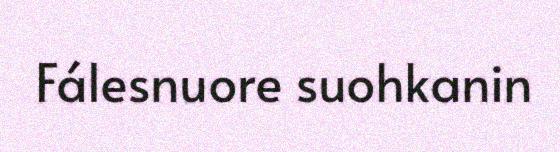
Fálesnuore suohkanin